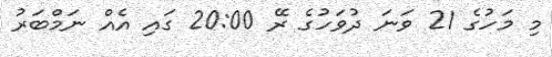
މި މަހުގެ 21 ވަނަ ދުވަހުގެ ރޭ 20:00 ގައި އެއް ނަމްބަރު